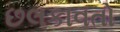
છલકાવતો